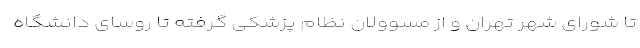
تا شورای شهر تهران و از مسوولان نظام پزشکی گرفته تا روسای دانشگاه